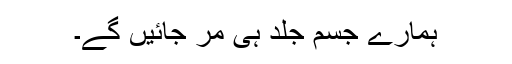
ہمارے جسم جلد ہی مر جائیں گے۔